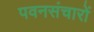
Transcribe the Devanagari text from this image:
पवनसंचारों